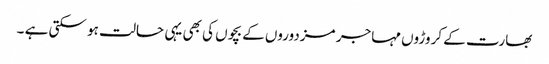
بھارت کے کروڑوں مہاجر مزدوروں کے بچوں کی بھی یہی حالت ہو سکتی ہے ۔